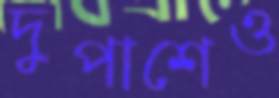
দুপাশেও